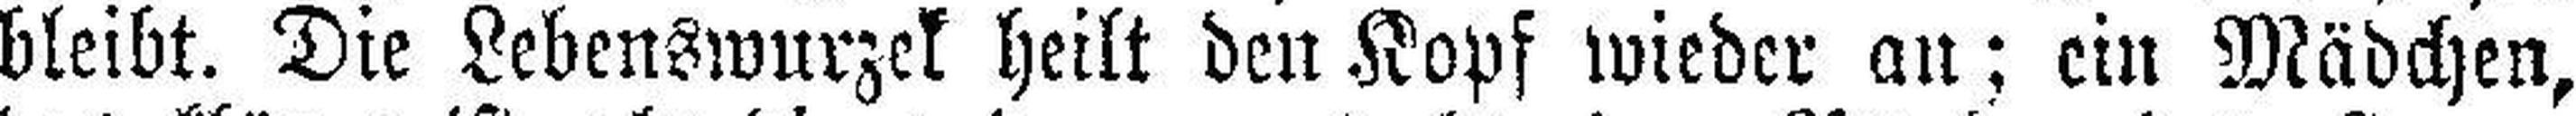
bleibt. Die Lebenswurzek heilt den Kopf wieder an; ein Mädchen,